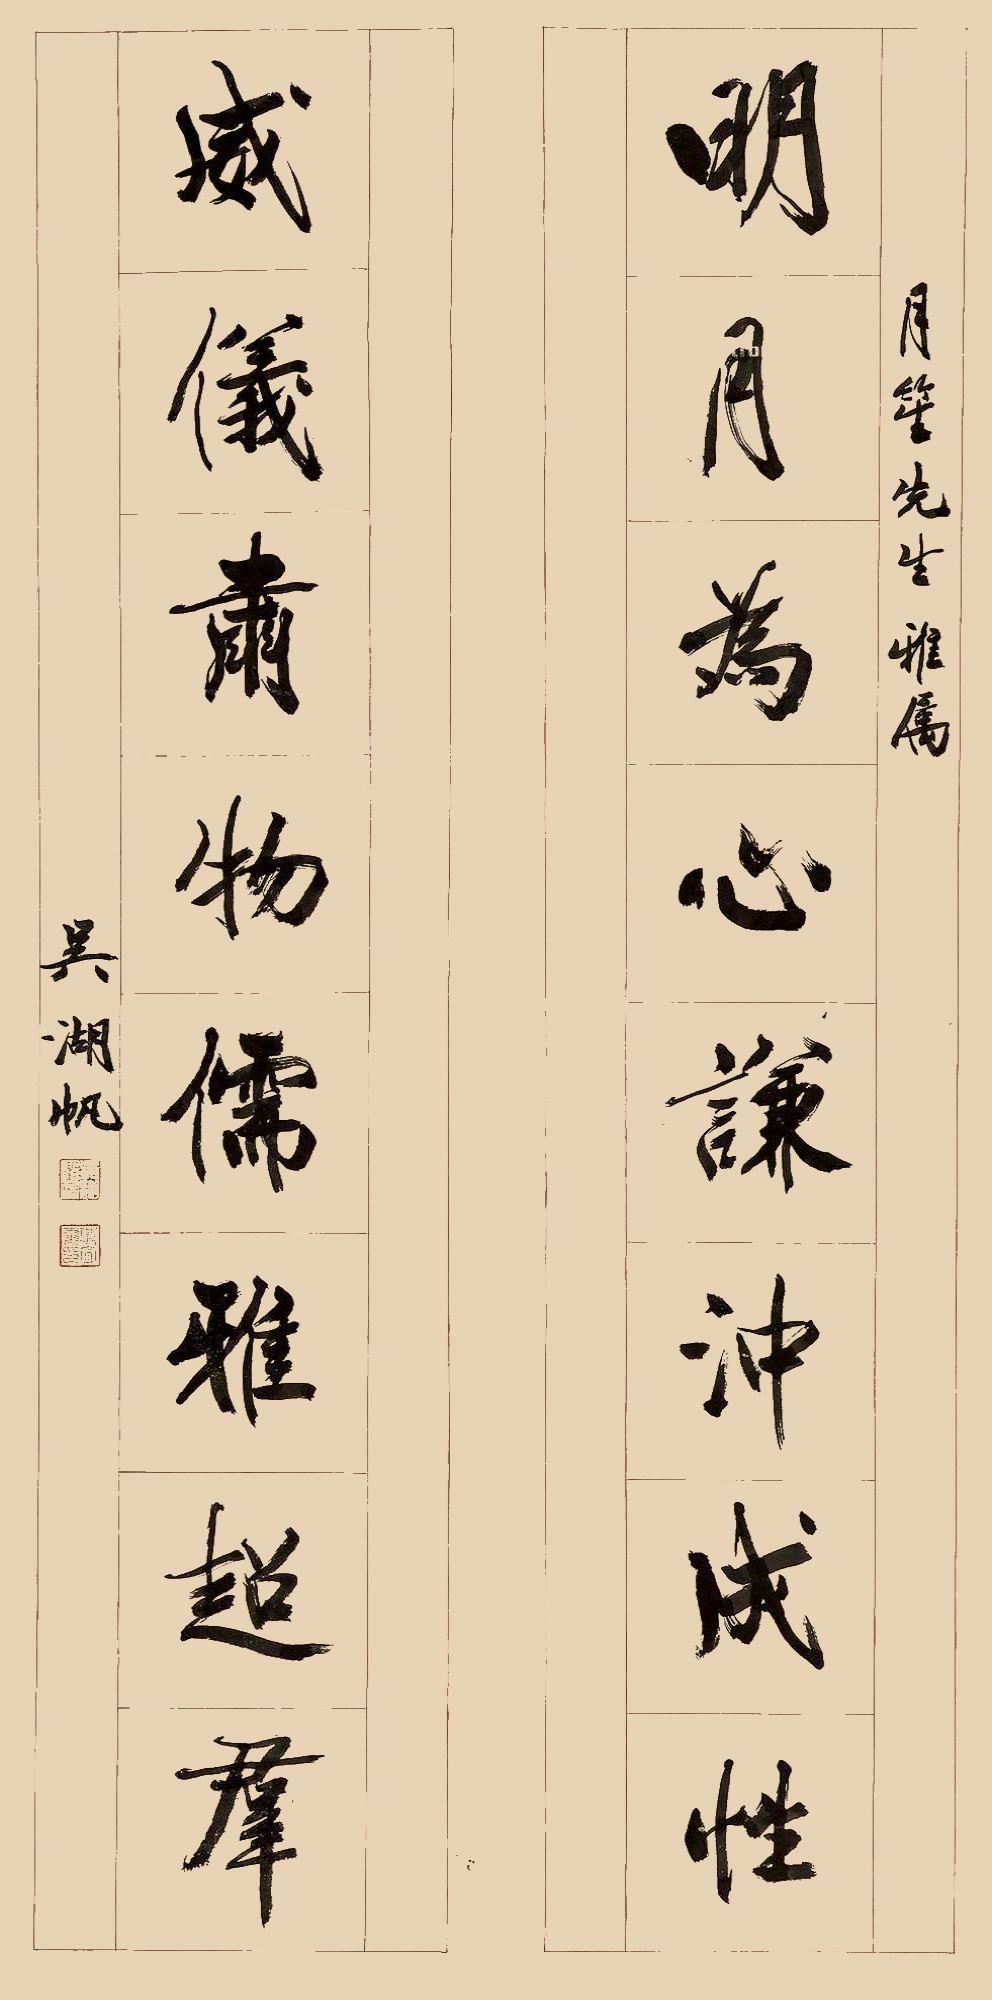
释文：明月为心谦冲成性，威仪肃物儒雅超群。月笙先生雅属，吴湖帆。